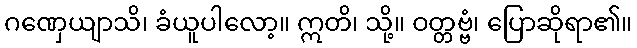
ဂဏှေယျာသိ၊ ခံယူပါလော့။ ဣတိ၊ သို့။ ဝတ္တဗ္ဗံ၊ ပြောဆိုရာ၏။